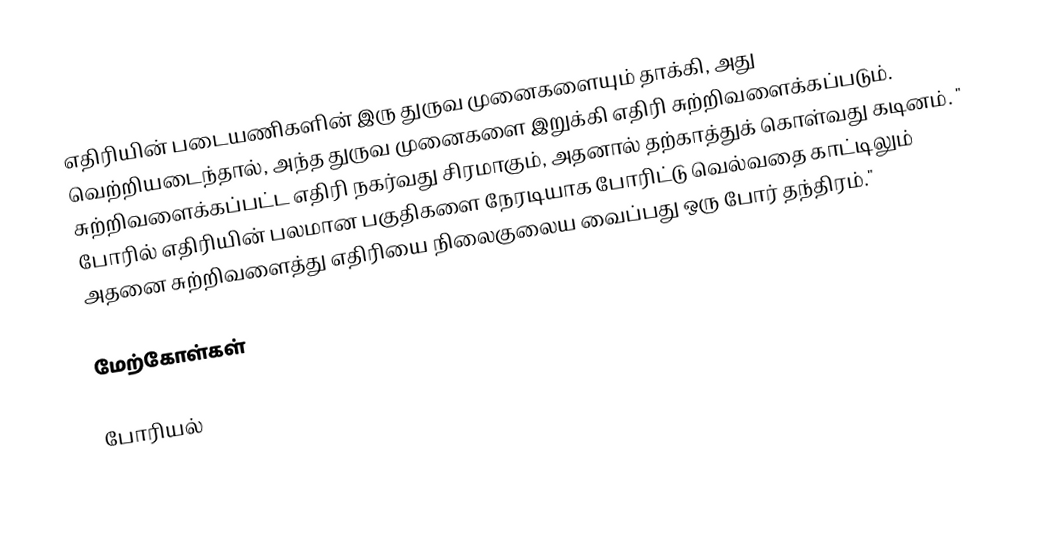
எதிரியின் படையணிகளின் இரு துருவ முனைகளையும் தாக்கி, அது வெற்றியடைந்தால், அந்த துருவ முனைகளை இறுக்கி எதிரி சுற்றிவளைக்கப்படும். சுற்றிவளைக்கப்பட்ட எதிரி நகர்வது சிரமாகும், அதனால் தற்காத்துக் கொள்வது கடினம். " போரில் எதிரியின் பலமான பகுதிகளை நேரடியாக போரிட்டு வெல்வதை காட்டிலும் அதனை சுற்றிவளைத்து எதிரியை நிலைகுலைய வைப்பது ஒரு போர் தந்திரம்."

மேற்கோள்கள்

போரியல்